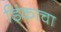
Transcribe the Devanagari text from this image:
डिंकाचा